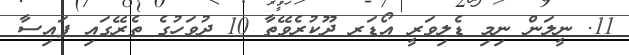
11. ނީލަން ނިމި ޑެލިވަރީ އޯޑަރ ދޫކުރެވޭތާ 10 ދުވަހުގެ ތެރޭގައި ފައިސާ